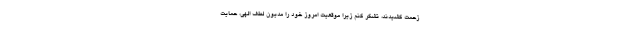
زحمت کشیدند، تشکر کنم زیرا موقعیت امروز خود را مدیون لطف الهی، حمایت